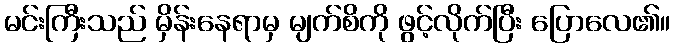
မင်းကြီးသည် မှိန်းနေရာမှ မျက်စိကို ဖွင့်လိုက်ပြီး ပြောလေ၏။